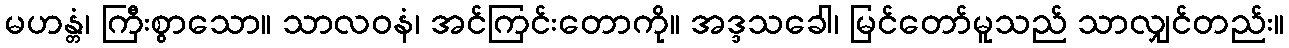
မဟန္တံ၊ ကြီးစွာသော။ သာလဝနံ၊ အင်ကြင်းတောကို။ အဒ္ဒသခေါ၊ မြင်တော်မူသည် သာလျှင်တည်း။